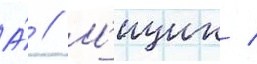
А́ // М'ицик /